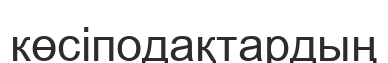
көсіподақтардың